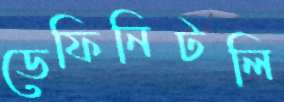
ডেফিনিটলি